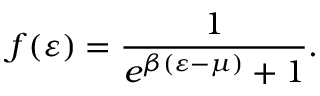
f ( \varepsilon ) = \frac { 1 } { e ^ { \beta ( \varepsilon - \mu ) } + 1 } .